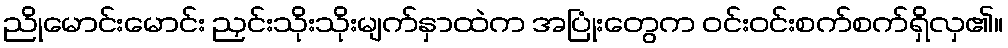
ညိုမောင်းမောင်း ညှင်းသိုးသိုးမျက်နှာထဲက အပြုံးတွေက ဝင်းဝင်းစက်စက်ရှိလှ၏။